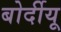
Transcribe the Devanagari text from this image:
बोर्दीयू